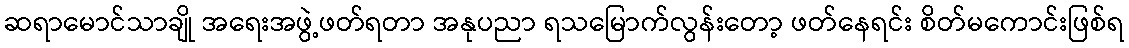
ဆရာမောင်သာချို အရေးအဖွဲ့ဖတ်ရတာ အနုပညာ ရသမြောက်လွန်းတော့ ဖတ်နေရင်း စိတ်မကောင်းဖြစ်ရ